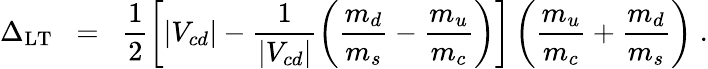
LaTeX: \Delta_{\mathrm{LT}}\; \; =\; \; \frac{1}{2}\left[|V_{cd}|-\frac{1}{|V_{cd}|}\left(\frac{m_{d}}{m_{s}}-\frac{m_{u}}{m_{c}}\right)\right]\left(\frac{m_{u}}{m_{c}}+\frac{m_{d}}{m_{s}}\right)\; .